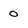
Character: 0